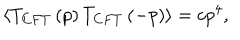
LaTeX: \langle T _ { C F T } \left( p \right) T _ { C F T } \left( - p \right) \rangle = c p ^ { 4 } ,